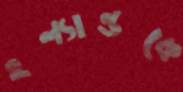
হল্যান্ডকে